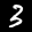
Label: 3